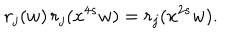
LaTeX: r _ { j } ( w ) \, r _ { j } ( x ^ { 4 s } w ) = r _ { j } ( x ^ { 2 s } w ) .